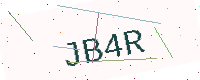
Text: JB4R